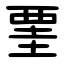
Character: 䙵